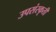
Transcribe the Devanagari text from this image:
उपसंस्कृती